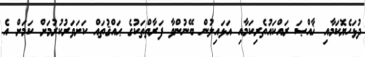
ދުޅަހެޔޮކަމާއި ޚާއްޞަ ރައްކައުތެރިކަމާއި އަޅައިލުން ބޭނުންވާ ފަރާތްތަކުގެ ޙައްޤުތައް ކަށަވަރުކުރުމަށް ކަމަށް އެ